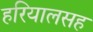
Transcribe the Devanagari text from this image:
हरियालसह